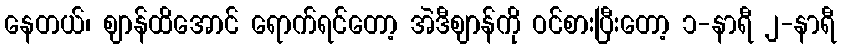
နေတယ်၊ ဈာန်ထိအောင် ရောက်ရင်တော့ အဲဒီဈာန်ကို ဝင်စားပြီးတော့ ၁-နာရီ ၂-နာရီ